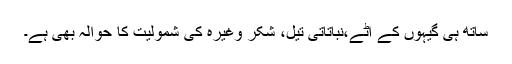
ساتھ ہی گیہوں کے آٹے،نباتاتی تیل، شکر وغیرہ کی شمولیت کا حوالہ بھی ہے۔